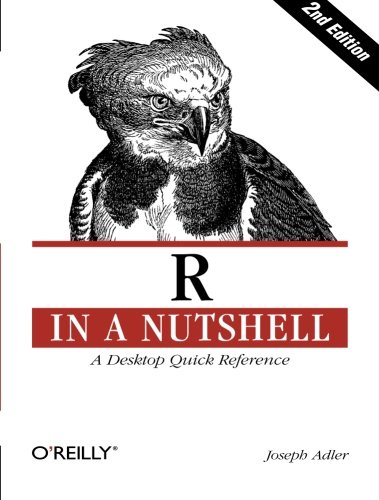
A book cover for R in a Nutshell (In a Nutshell (O'Reilly)); Joseph Adler; Computers & Technology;